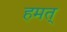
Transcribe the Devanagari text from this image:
हमत्